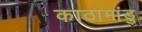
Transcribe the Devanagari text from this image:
काठामांडु